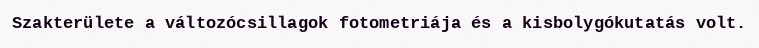
Szakterülete a változócsillagok fotometriája és a kisbolygókutatás volt.